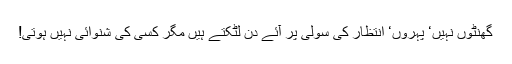
گھنٹوں نہیں‘ پہروں‘ انتظار کی سولی پر آئے دن لٹکتے ہیں مگر کسی کی شنوائی نہیں ہوتی!